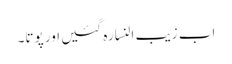
اب زیب النسا رہ گئیں اور پوتا۔